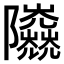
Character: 𨽰